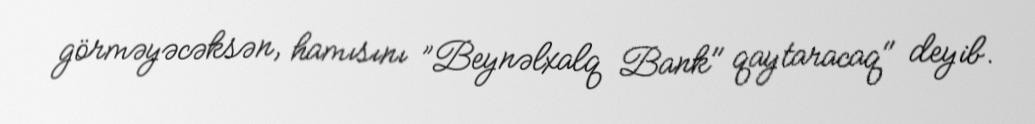
görməyəcəksən, hamısını ”Beynəlxalq Bank" qaytaracaq" deyib.